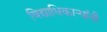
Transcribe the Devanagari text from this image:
विद्याधिकार्‍यांनी